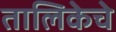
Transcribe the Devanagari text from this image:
तालिकेचे